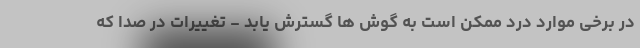
در برخی موارد درد ممکن است به گوش ها گسترش یابد - تغییرات در صدا که